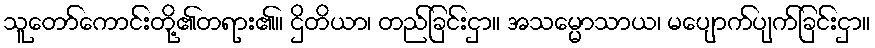
သူတော်ကောင်းတို့၏တရား၏။ ဌိတိယာ၊ တည်ခြင်းငှာ။ အသမ္မောသာယ၊ မပျောက်ပျက်ခြင်းငှာ။